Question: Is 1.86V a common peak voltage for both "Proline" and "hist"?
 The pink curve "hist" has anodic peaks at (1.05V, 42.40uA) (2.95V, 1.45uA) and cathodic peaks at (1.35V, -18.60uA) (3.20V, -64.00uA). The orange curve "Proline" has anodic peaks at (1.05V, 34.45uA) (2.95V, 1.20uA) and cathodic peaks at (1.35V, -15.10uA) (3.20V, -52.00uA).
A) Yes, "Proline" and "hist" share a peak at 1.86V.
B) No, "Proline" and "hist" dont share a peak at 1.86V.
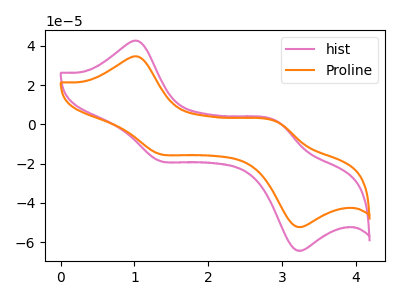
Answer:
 <answer>B) No, "Proline" and "hist" dont share a peak at 1.86V.</answer>
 <eval>B</eval>